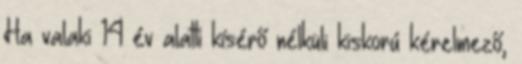
Ha valaki 14 év alatti kísérő nélküli kiskorú kérelmező,